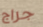
جراج